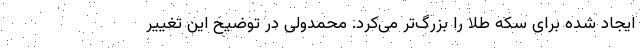
ایجاد شده برای سکه طلا را بزرگ‌تر می‌کرد. محمدولی در توضیح این تغییر